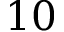
1 0